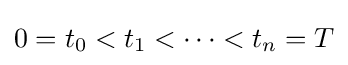
0=t_{0}<t_{1}<\cdots <t_{n}=T